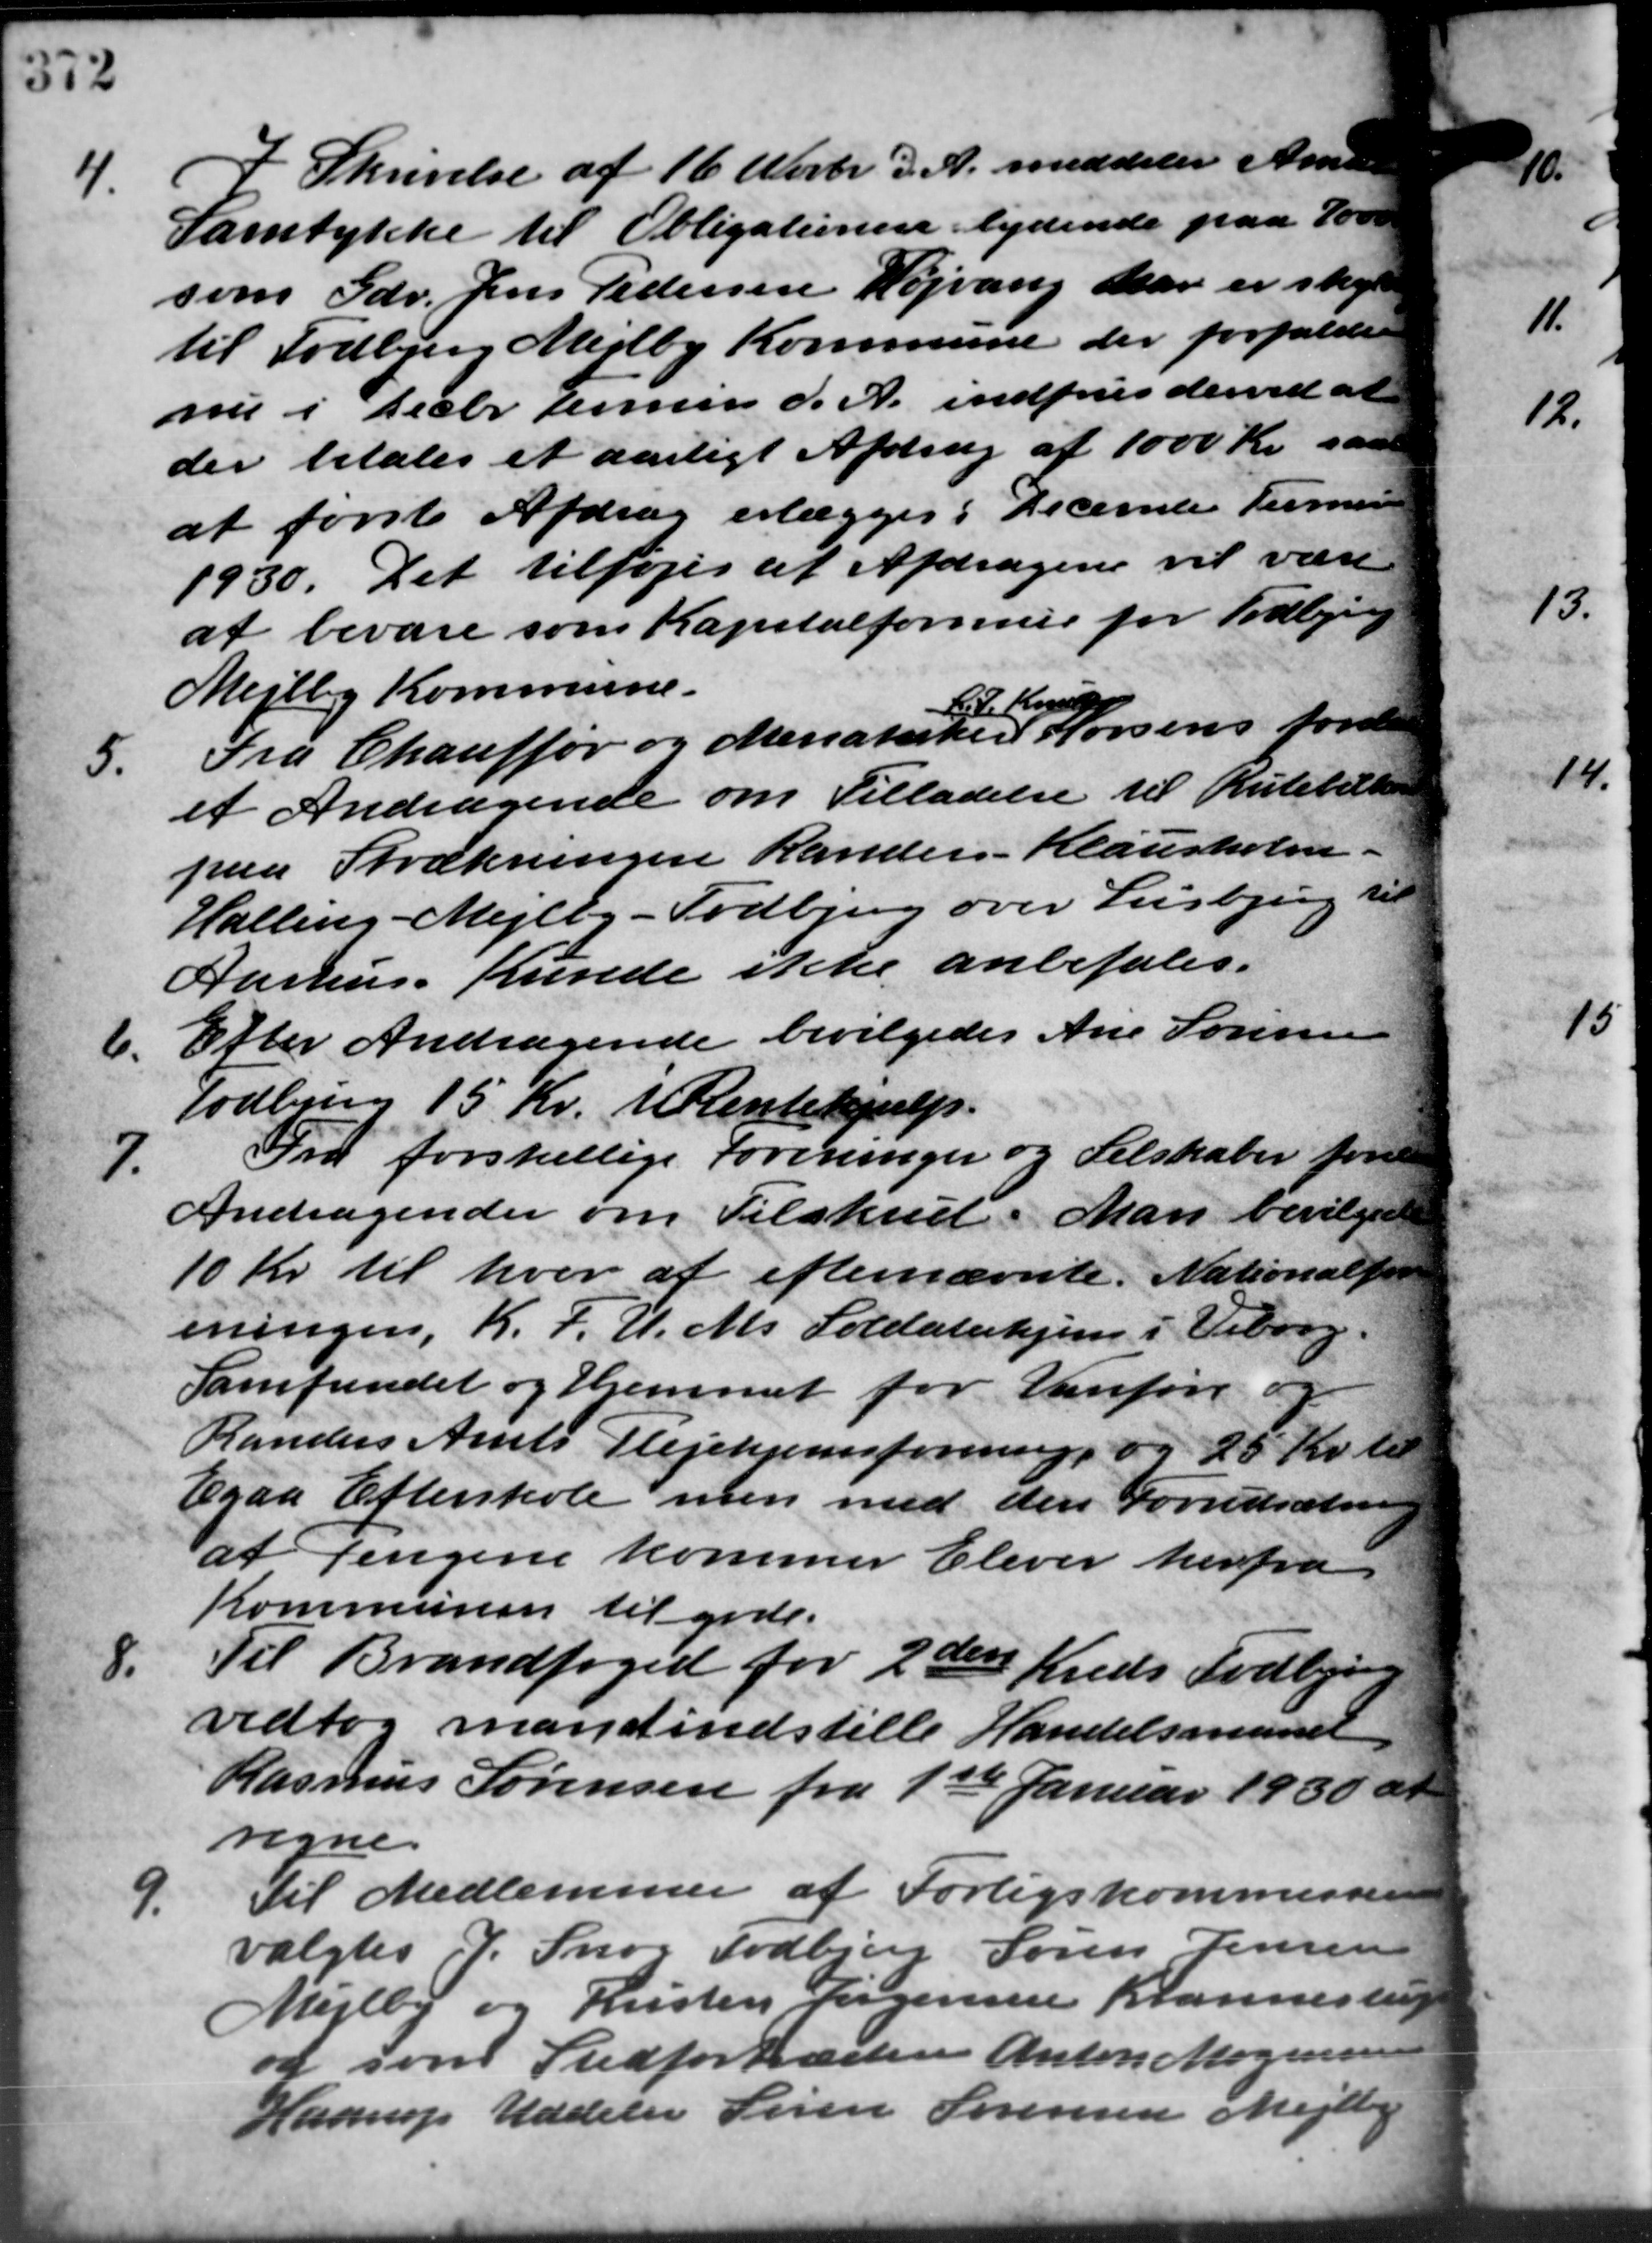
Transskription:
4.
I Skrivelse af 16 Novbr. d. A. meddeler Amte
Samtykke til Obligationen lydende paa 1000
som Gdr. Jens Pedersen Højvang har er skyl
til Todbjerg Mejlby Kommune der forfalder
nu i Decbr Termin d. A. indfries derved at
der betales et aarligt Afdrag af 1000 Kr. sam
at første Afdrag erlægges. December Terman
1930. Det tilføjes af Afdragen vil være
at bevare som Kapitalformue for Todbjerg
Mejlby Kommune.
L. P. Knud
5.
Fra Chauffør og Menatarker Horsens forelaa
et Andragende om Tilladelse til Rutebiller
paa Strækningen Randers - Klausholm.
Halling - Mejlby - Todbjerg over Lisbjerg til
Aarhus Kunde ikke anbefales.
6.
Efter Andragende bevilgedes Ane Sørensen
Todbjerg 15 Kr. i Rentehjælp.
7.
Fra forskellige Foreninger og Selskaber forel
Andragender om Tilskud. Man bevilgede
10 Kr. til hver at efternævnte. Nationalfor
eningen, K.F.U.Ms Soldaterhjem i Viborg.
Samfundet og Hjemmet for Vanføre og
"
Randers Amts Plejehjemsforening og 20 Kr. til
Egaa Efterskole men med den Forudsætning
at Pengene kommer Elever herfra
Kommunen til gode.
8.
Til Brandfoged for 2den Kreds Todbjerg
vedtog mand indstille Handelsmand
Rasmus Sørensen fra 1ste Januar 1930 at
regne.
9.
til Medlemmer af Forligskommission
valgtes P. Snog Todbjerg Søren Jensen
Mejlby og Kristen Jørgensen Krannestrup
og som Stedfortræden Anton Mogensen
Haarup Uddeler Søren Sørensen Mejlby

0